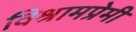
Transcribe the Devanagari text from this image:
विश्रामप्रेमी